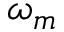
\omega _ { m }